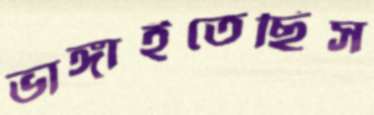
ভাঙ্গাইতেছিস